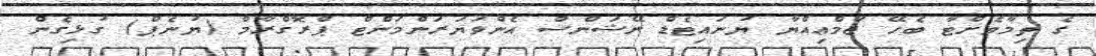
ގެ ތިމާވެށްޓާ ބެހޭ ޖަމްޢިއްޔާ ޔުނައިޓެޑް ނޭޝަންސް އެންވަޔަރަންމަންޓް ޕްރޮގްރާމް (ޔުނެޕް) ގުޅިގެން